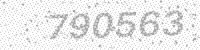
Solution: 790563